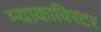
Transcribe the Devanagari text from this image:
म्याकाविरटर